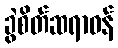
ခွဲစိတ်ဆရာဝန်